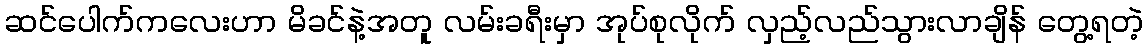
ဆင်ပေါက်ကလေးဟာ မိခင်နဲ့အတူ လမ်းခရီးမှာ အုပ်စုလိုက် လှည့်လည်သွားလာချိန် တွေ့ရတဲ့